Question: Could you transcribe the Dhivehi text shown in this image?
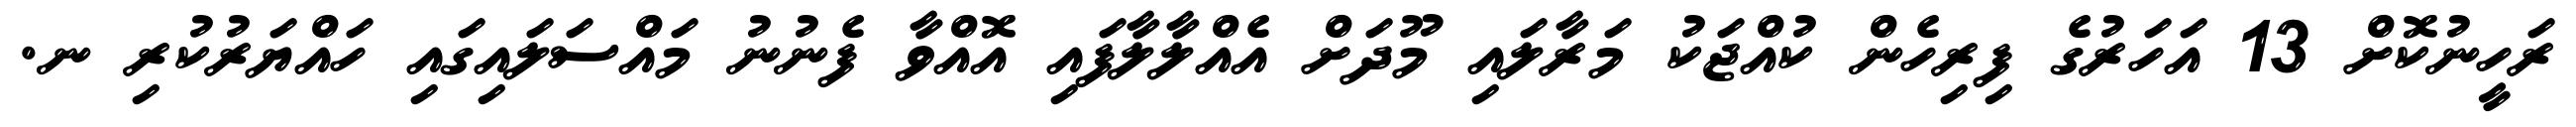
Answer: ރަހީނުކޮށް 13 އަހަރުގެ ފިރިހެން ކުއްޖަކު މަރާލައި މޫދަށް އެއްލާލާފައި އޮއްވާ ފެނުނު މައްސަލައިގައި ހައްޔަރުކުރި ނ.